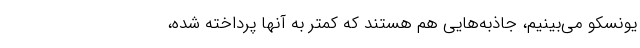
یونسکو می‌بینیم، جاذبه‌هایی هم هستند که کمتر به آنها پرداخته شده،